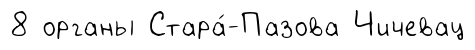
8 органы Стара́-Пазова Чичевац